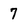
Character: 7